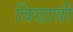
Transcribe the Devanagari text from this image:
बिछायी